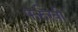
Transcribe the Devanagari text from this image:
फर्रुखी